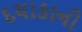
દયાકાની